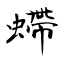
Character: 螮